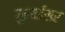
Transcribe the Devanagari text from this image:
गुसाईंसर